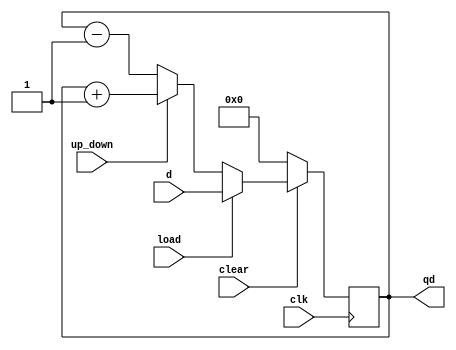
module behav_counter( d, clk, clear, load, up_down, qd);

// Port Declaration

input   [7:0] d;
input   clk;
input   clear;
input   load;
input   up_down;
output  [7:0] qd;

reg     [7:0] cnt;

always @ (posedge clk)
begin
    if (!clear)
        cnt <= 8'h00;
    else if (load)
        cnt <= d;
    else if (up_down)
        cnt <= cnt + 1;
    else
        cnt <= cnt - 1;
end 
 
assign qd = cnt;

endmodule